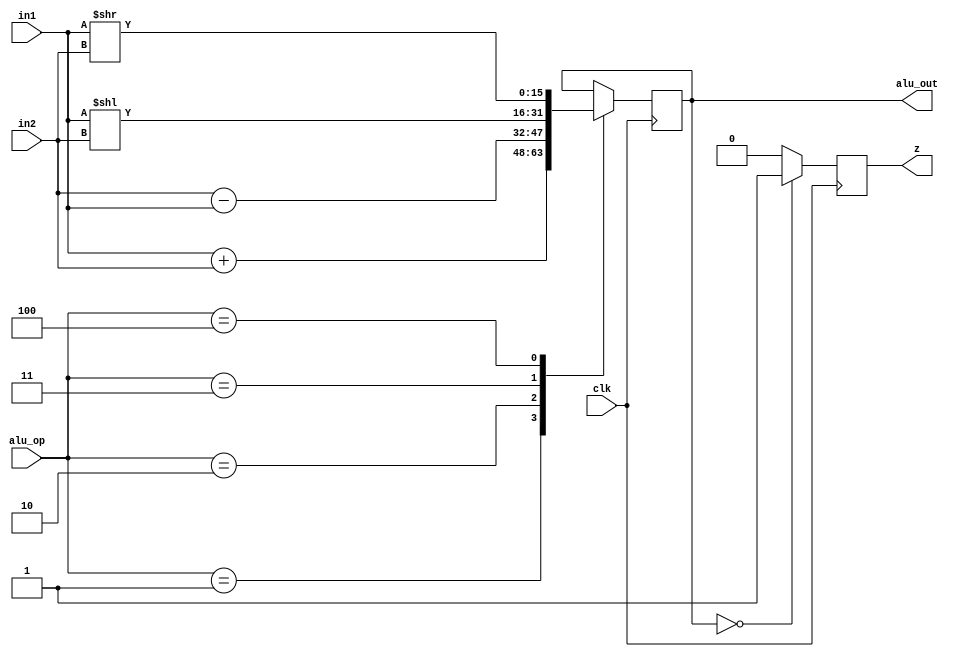
module alu (
    input               clk,
    input       [15:0]  in1, in2,
    input       [2:0]   alu_op,
    output reg  [15:0]  alu_out,
    output reg          z
    );

    always @(posedge clk)
    begin
        case(alu_op)
            3'd1: alu_out <= in1 + in2;
            3'd2: alu_out <= in2 - in1;
            3'd3: alu_out <= in1 << in2;
            3'd4: alu_out <= in1 >> in2;
        endcase

        if (alu_out == 0)
            z <= 1;
        else
            z <= 0;
    end
endmodule